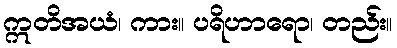
ဣတိအယံ၊ ကား။ ပရိဟာရော၊ တည်း။